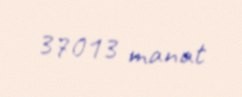
37013 manat